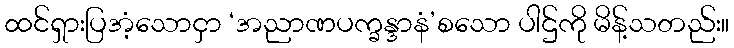
ထင်ရှားပြအံ့သောငှာ ‘အညာဏပက္ခန္ဒာနံ’စသော ပါဌ်ကို မိန့်သတည်း။